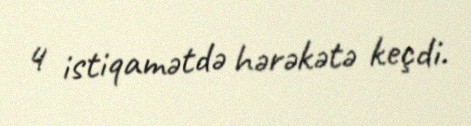
4 istiqamətdə hərəkətə keçdi.